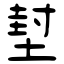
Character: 堼